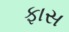
ફાસ